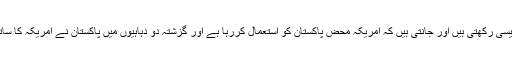
اسکے باوجود کہ پاکستان کی تمام سیاسی و مذہبی جماعتیں امریکہ کے متعلق یکساں پالیسی رکھتی ہیں اور جانتی ہیں کہ امریکہ محض پاکستان کو استعمال کررہا ہے اور گزشتہ دو دہاہیوں میں پاکستان نے امریکہ کا ساتھ دے کر بے انتہا نقصان اٹھایا ہے جس کا خمیازہ آنے والے نسلیں بھی بھگت رہی ہیں۔